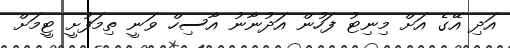
އަދި އޭގެ އަށް މިނިޓު ފަހުން އަދުނާނު އާސިހް ވަނީ ތިމަފުށީ ޓީމަށް